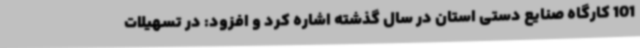
101 کارگاه صنایع دستی استان در سال گذشته اشاره کرد و افزود: در تسهیلات